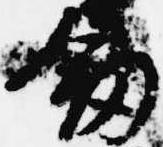
剣